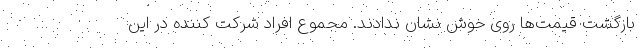
بازگشت قیمت‌ها روی خوش نشان ندادند. مجموع افراد شرکت کننده در این